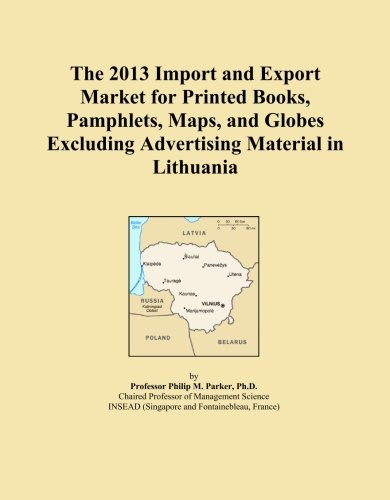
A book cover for The 2013 Import and Export Market for Printed Books, Pamphlets, Maps, and Globes Excluding Advertising Material in Lithuania; Icon Group International; Travel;